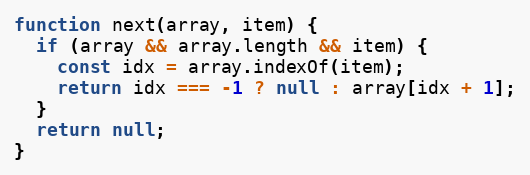
Language: JavaScript
function next(array, item) {
  if (array && array.length && item) {
    const idx = array.indexOf(item);
    return idx === -1 ? null : array[idx + 1];
  }
  return null;
}